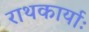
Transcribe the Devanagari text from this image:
राथकार्याः